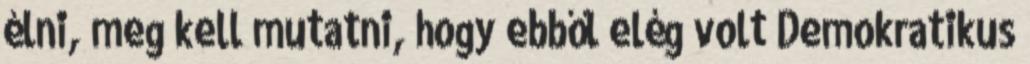
élni, meg kell mutatni, hogy ebből elég volt Demokratikus